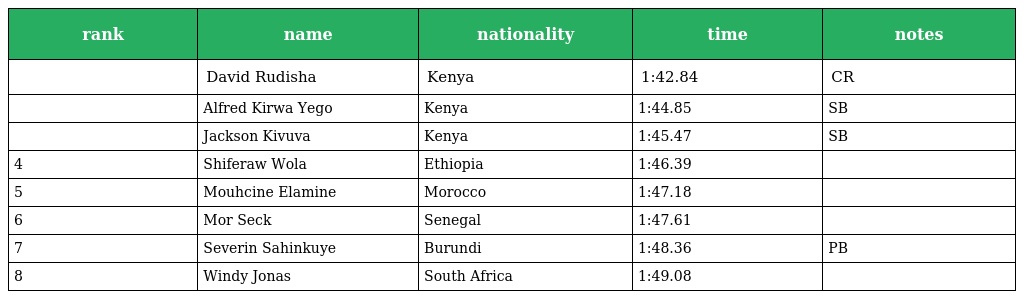
| rank | name | nationality | time | notes |
 | --- | --- | --- | --- | --- |
 |  | David Rudisha | Kenya | 1:42.84 | CR |
 |  | Alfred Kirwa Yego | Kenya | 1:44.85 | SB |
 |  | Jackson Kivuva | Kenya | 1:45.47 | SB |
 | 4 | Shiferaw Wola | Ethiopia | 1:46.39 |  |
 | 5 | Mouhcine Elamine | Morocco | 1:47.18 |  |
 | 6 | Mor Seck | Senegal | 1:47.61 |  |
 | 7 | Severin Sahinkuye | Burundi | 1:48.36 | PB |
 | 8 | Windy Jonas | South Africa | 1:49.08 |  |